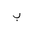
Letter: _ba